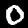
Digit: 0